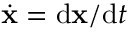
\dot { \mathbf { x } } = \mathrm { d \mathbf { x } } / \mathrm { d } t